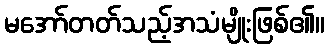
မအော်တတ်သည့်အသံမျိုးဖြစ်၏။